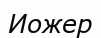
Иожер